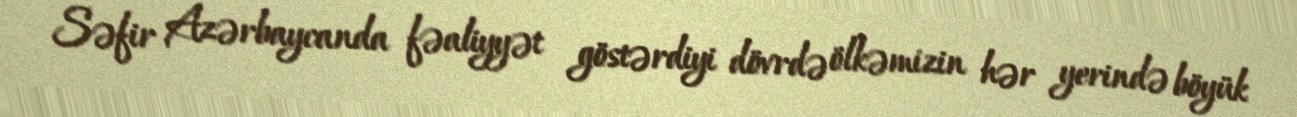
Səfir Azərbaycanda fəaliyyət göstərdiyi dövrdə ölkəmizin hər yerində böyük